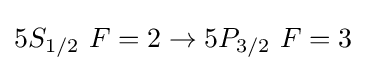
5S_{1/2}\ F=2\to 5P_{3/2}\ F=3